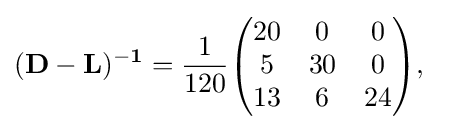
{\begin{aligned}&\mathbf {(D-L)^{-1}} ={\frac {1}{120}}{\begin{pmatrix}20&0&0\\5&30&0\\13&6&24\end{pmatrix}},\end{aligned}}